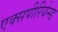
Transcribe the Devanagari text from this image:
एक्सपीरियेन्स्ड